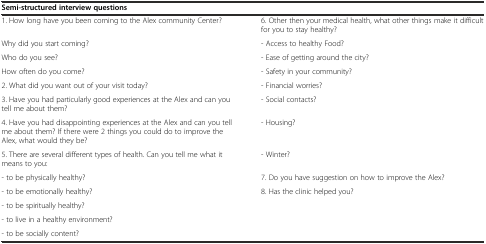
<table><thead><tr><td colspan="2"><b>Semi-structured interview questions</b></td></tr></thead><tbody><tr><td>1. How long have you been coming to the Alex community Center?</td><td>6. Other then your medical health, what other things make it difficult for you to stay healthy?</td></tr><tr><td>Why did you start coming?</td><td>- Access to healthy Food?</td></tr><tr><td>Who do you see?</td><td>- Ease of getting around the city?</td></tr><tr><td>How often do you come?</td><td>- Safety in your community?</td></tr><tr><td>2. What did you want out of your visit today?</td><td>- Financial worries?</td></tr><tr><td>3. Have you had particularly good experiences at the Alex and can you tell me about them?</td><td>- Social contacts?</td></tr><tr><td>4. Have you had disappointing experiences at the Alex and can you tell me about them? If there were 2 things you could do to improve the Alex, what would they be?</td><td>- Housing?</td></tr><tr><td>5. There are several different types of health. Can you tell me what it means to you:</td><td>- Winter?</td></tr><tr><td>- to be physically healthy?</td><td>7. Do you have suggestion on how to improve the Alex?</td></tr><tr><td>- to be emotionally healthy?</td><td>8. Has the clinic helped you?</td></tr><tr><td>- to be spiritually healthy?</td><td></td></tr><tr><td>- to live in a healthy environment?</td><td></td></tr><tr><td>- to be socially content?</td><td></td></tr></tbody></table>